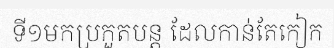
ទី១មកប្រកួតបន្ត ដែលកាន់តែកៀក